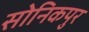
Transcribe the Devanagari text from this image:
सोनिकपुर